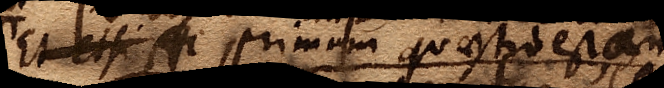
Et etsi Ac primum quaestio es an